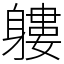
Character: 軁